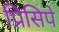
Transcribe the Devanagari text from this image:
प्रिसिपे